Indian journal of veterinary science and animal husbandry - Volumes 15-17, 1948-1951
Year: 1948
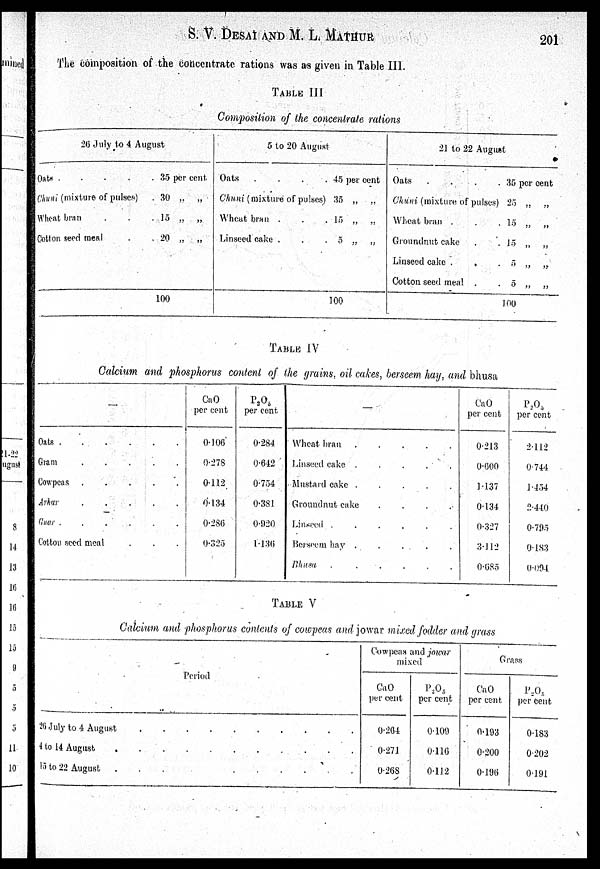
S. V. DESAI AND M. L.
MATHUR
201
The composition of the concentrate rations was as given in Table III.
TABLE III
Composition of the concentrate rations
26 July to 4 August
Oats . . . . .
Chuni (mixture of pulses)
Wheat bran
.
.
Cotton seed meal
.
35 per cent
. 30 „ „
. 15 „ „
. 20 „
„
100
5 to 20 August
Oats
.
.
.
.
Chuni (mixture of pulses)
Wheat bran .
.
.
Linseed cake .
.
.
45 per cent
35 „ „
15 „
„
5 „
„
100
21 to 22 August
Oats
.
.
.
.
Chuni (mixture of pulses)
Wheat bran .
.
.
Groundnut cake
.
.
Linseed cake .
.
.
Cotton seed meal .
.
35 per cent
25 „
„
15 „ „
15 „
„
5 „
„
5 „
„
100
TABLE IV
Calcium and phosphorus content of the grains, oil cakes, berseem hay, and bhusa
—
Oats
Gram
.
.
.
.
.
Cowpeas .
.
.
.
.
Arhar
Guar .
.
.
.
.
.
Cotton seed meal
CaO
per cent
0.106
0.278
0.112
0.134
0.286
0.325
P 2 O 5
per cent
0.284
0.642
0.754
0.381
0.920
1.136
—
Wheat bran
.
.
.
.
.
Linseed cake .
.
.
.
.
Mustard cake .
Groundnut cake
.
.
.
.
Linseed .
.
.
.
.
.
Berseem hay .
.
.
.
.
Bhusa .
.
.
.
. .
CaO
per cent
0.213
0.600
1.137
0.134
0.327
3.112
0.685
P 2 O 5
per cent
2.112
0.744
1.454
2.440
0.795
0.183
0.094
TABLE V
Calcium and phosphorus contents of cowpeas and jowar mixed fodder and grass
Period
26 July to 4 August
4 to 14 August .
15 to 22 August
Cowpeas and jowar
mixed
CaO
per cent
0.264
0.271
0.268
P 2 O 5
per cent
0.109
0.116
0.112
Grass
CaO
per cent
0.193
0.200
0.196
P 2 O 5
per cent
0.183
0.202
0.191